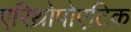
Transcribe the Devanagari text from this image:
एरिथ्रोपोएटिक